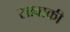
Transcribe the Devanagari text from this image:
सावाकी